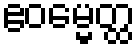
ဧဝမ္မေတ္ထ